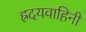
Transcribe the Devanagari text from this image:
ह्रदयवाहिनी